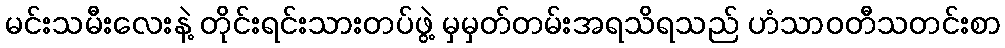
မင်းသမီးလေးနဲ့ တိုင်းရင်းသားတပ်ဖွဲ့ မှမှတ်တမ်းအရသိရသည် ဟံသာဝတီသတင်းစာ